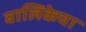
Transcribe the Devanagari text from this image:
बालिकेचा